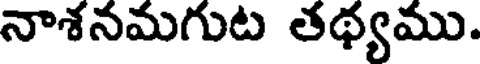
నాశనమగుట తథ్యము.